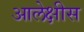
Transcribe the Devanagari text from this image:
आलेक्षीस